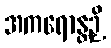
အကရောန္တဉှိ